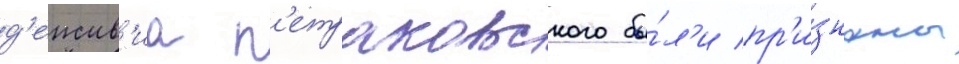
д'еиств'иа п'етраковского бы́л'и пр'и́знаны